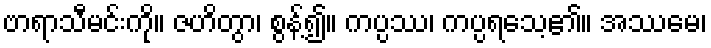
ဗာရာသီမင်းကို။ ဇဟိတွာ၊ စွန့်၍။ ကပ္ပဿ၊ ကပ္ပရသေ့၏။ အဿမေ၊